Scottish Leaving Certificate Examination, 1958
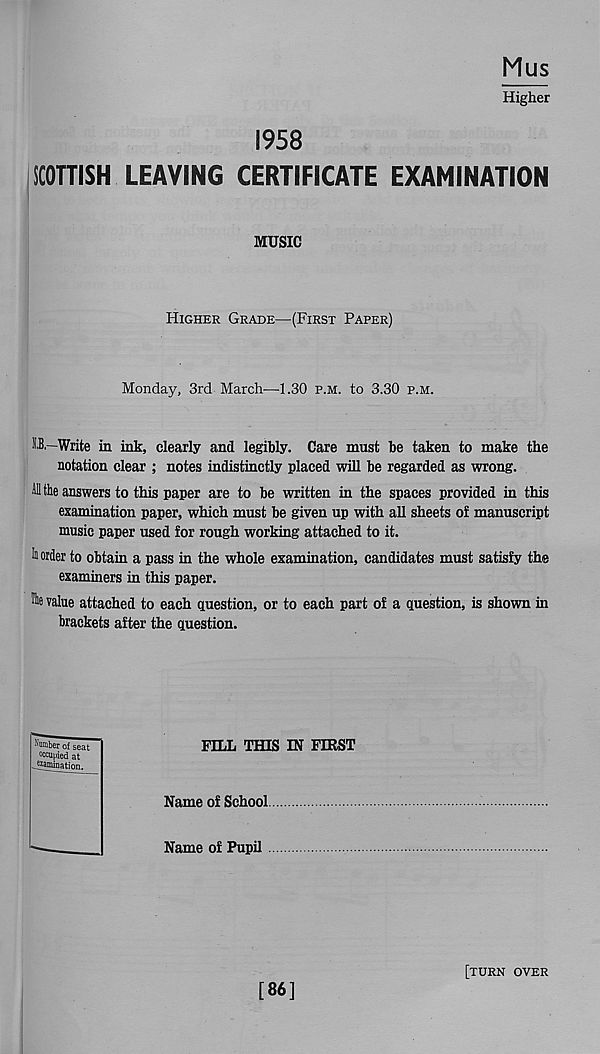
Mus
Higher
1958
SCOTTISH LEAVING CERTIFICATE EXAMINATION
MUSIC
Higher Grade—(First Paper)
Monday, 3rd March—1.30 p.m. to 3.30 p.m.
U,—Write in ink, clearly and legibly. Care must be taken to make the
notation clear ; notes indistinctly placed will be regarded as wrong.
ill the answers to this paper are to be written in the spaces provided in this
examination paper, which must be given up with all sheets of manuscript
music paper used for rough working attached to it.
In order to obtain a pass in the whole examination, candidates must satisfy the
examiners in this paper.
value attached to each question, or to each part of a question, is shown in
brackets after the question.
dumber of seat
occupied at
-^ntoation.
FILL THIS IN FIRST
Name of School
Name of Pupil
[86]
[turn over